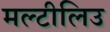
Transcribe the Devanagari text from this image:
मल्टीलिउ